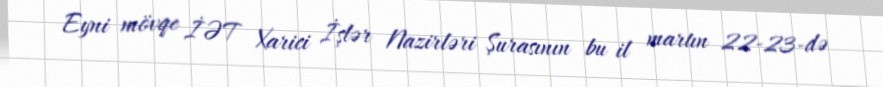
Eyni mövqe İƏT Xarici İşlər Nazirləri Şurasının bu il martın 22-23-də